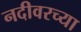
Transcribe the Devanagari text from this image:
नदीवरच्या